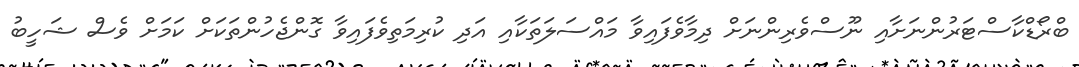
ބްރޯޑްކާސްޓަރުންނަށާއި ނޫސްވެރިންނަށް ދިމާވެފައިވާ މައްސަލަތަކާއި އަދި ކުރިމަތިވެފައިވާ ގޮންޖެހުންތަކަށް ކަމަށް ވެސް ޝަހީބު